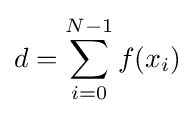
d=\sum _{i=0}^{N-1}f(x_{i})